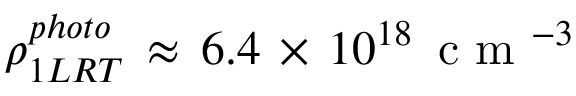
\rho _ { 1 L R T } ^ { p h o t o } \, \approx \, 6 . 4 \, \times \, 1 0 ^ { 1 8 } \, \mathrm { ~ c ~ m ~ } ^ { - 3 }